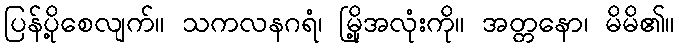
ပြန်ပို့စေလျက်။ သကလနဂရံ၊ မြို့အလုံးကို။ အတ္တနော၊ မိမိ၏။